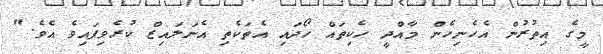
މީގެ އިތުރުން އެހެނިހެން މާއްދީ ހެކިތައް ހޯދައި އެތަކެތި އެނަލައިޒް ކުރެވިފައިވެ އެވެ."